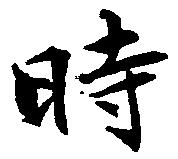
時